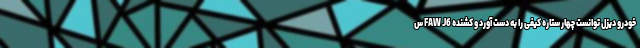
خودرو دیزل توانست چهار ستاره کیفی را به دست آورد و کشنده FAW J6 س